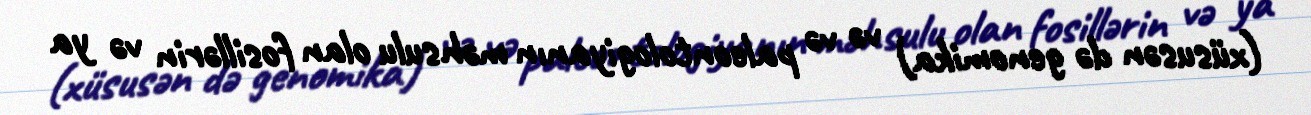
(xüsusən də genomika) və və paleontologiyanın məhsulu olan fosillərin və ya